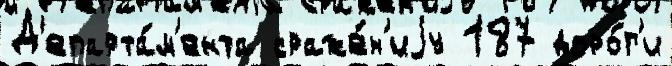
Д'епарта́м'ента сраже́н'иjу 187 доро́г'и